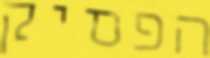
הפסיק